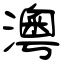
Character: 澚